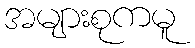
အများစုကမူ